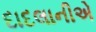
દાદલાનીએ